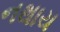
નથાય